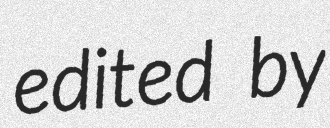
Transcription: edited by